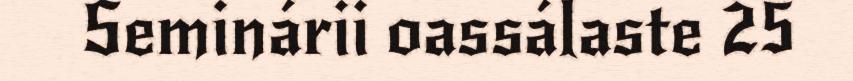
Seminárii oassálaste 25